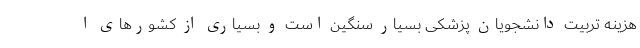
هزینه تربیت دانشجویان پزشکی بسیار سنگین است و بسیاری از کشورهای ا